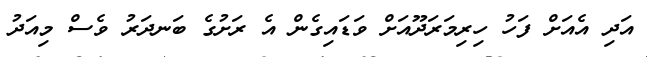
އަދި އެއަށް ފަހު ހިރިމަރަދޫއަށް ވަޑައިގެން އެ ރަށުގެ ބަނދަރު ވެސް މިއަދު